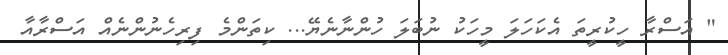
" އަސްރާ ހީކުރީތަ އެކަހަލަ މީހަކު ނުބަލަ ހުންނާނެޔޭ... ކިތަންމެ ފިރިހެނުންނެއް އަސްރާއާ